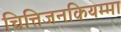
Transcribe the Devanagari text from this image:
चित्तिजनकियम्मा